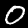
Label: 0